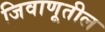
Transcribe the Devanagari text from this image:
जिवाणूतील